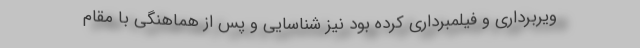
ویربرداری و فیلمبرداری کرده بود نیز شناسایی و پس از هماهنگی با مقام